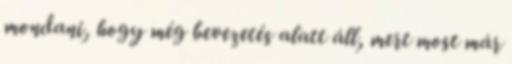
mondani, hogy még bevezetés alatt áll, mert most már